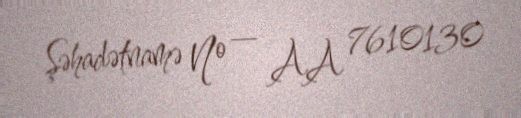
Şəhadətnamə № — AA 7610130